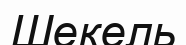
Шекель